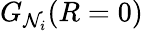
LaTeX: G_{\mathcal{N}_{i}}(R=0)